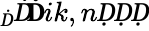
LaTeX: _Ḋ\textit Ḋ\! \textbf Ḋik,nḌḌḌ